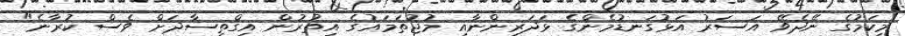
މިކަމުގެ ނޭދެވޭ އަސަރު އަޅުގަނޑުމެންގެ ޅަދަރިންނާއި މުޖުތަމައުގެ އިތުރުން އިގްތިސާދަށް ވެސް ކުރާނެ"